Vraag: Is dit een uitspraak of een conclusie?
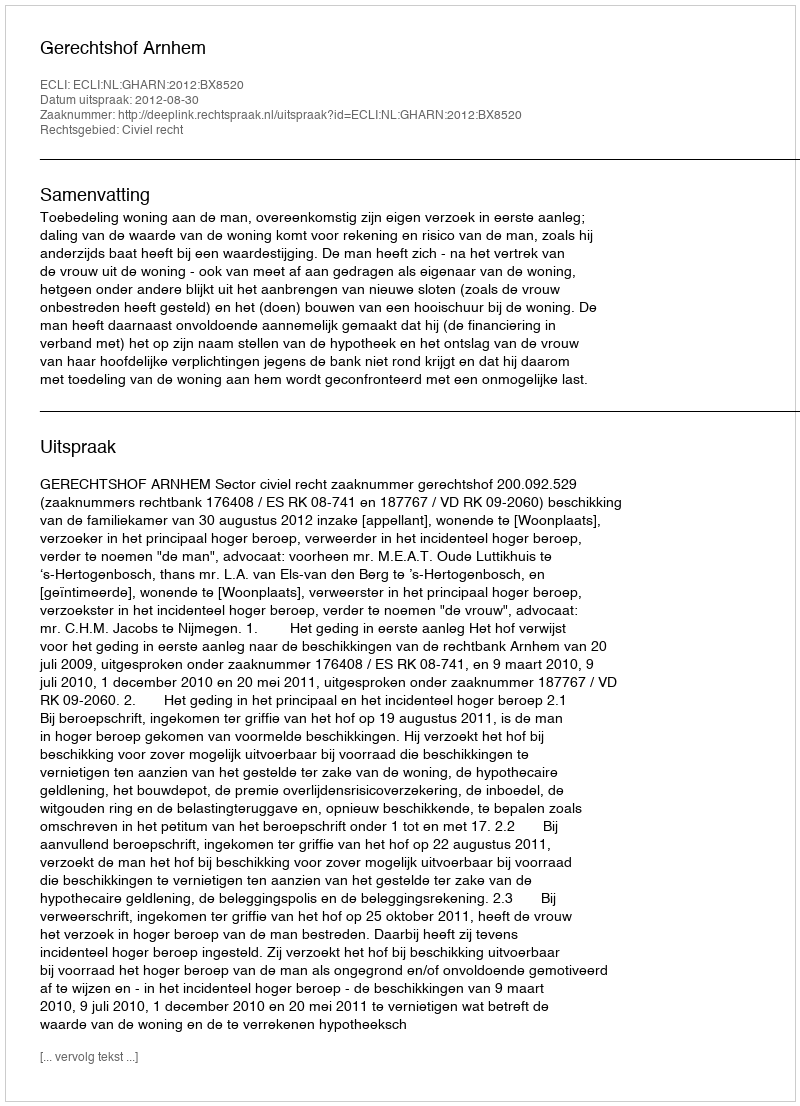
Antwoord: Uitspraak